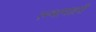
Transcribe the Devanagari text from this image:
रम्भामञ्जरी